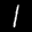
Label: 1